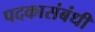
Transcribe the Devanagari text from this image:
पदकासंबंधी